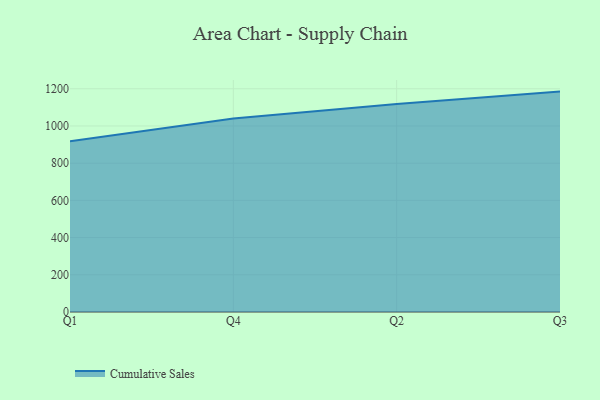
{"axis": {"x": "Quarter", "y": "LTV (USD)"}, "legend": ["Cumulative Sales"], "data": [{"x": "Q1", "y": 918.0, "type": "Cumulative Sales"}, {"x": "Q4", "y": 1040.4, "type": "Cumulative Sales"}, {"x": "Q2", "y": 1117.6, "type": "Cumulative Sales"}, {"x": "Q3", "y": 1184.8, "type": "Cumulative Sales"}]}